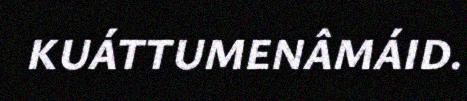
KUÁTTUMENÂMÁID.